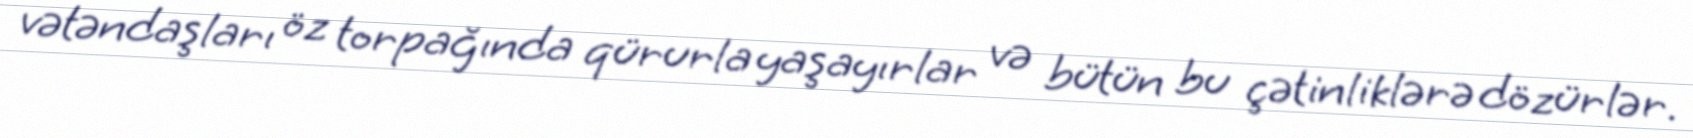
vətəndaşları öz torpağında qürurla yaşayırlar və bütün bu çətinliklərə dözürlər.